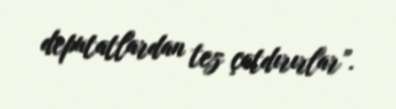
deputatlardan tez çatdırırlar”.